Annual report of the Punjab Veterinary College and of the Civil Veterinary Department, Punjab - 1926-1932
Year: 1926
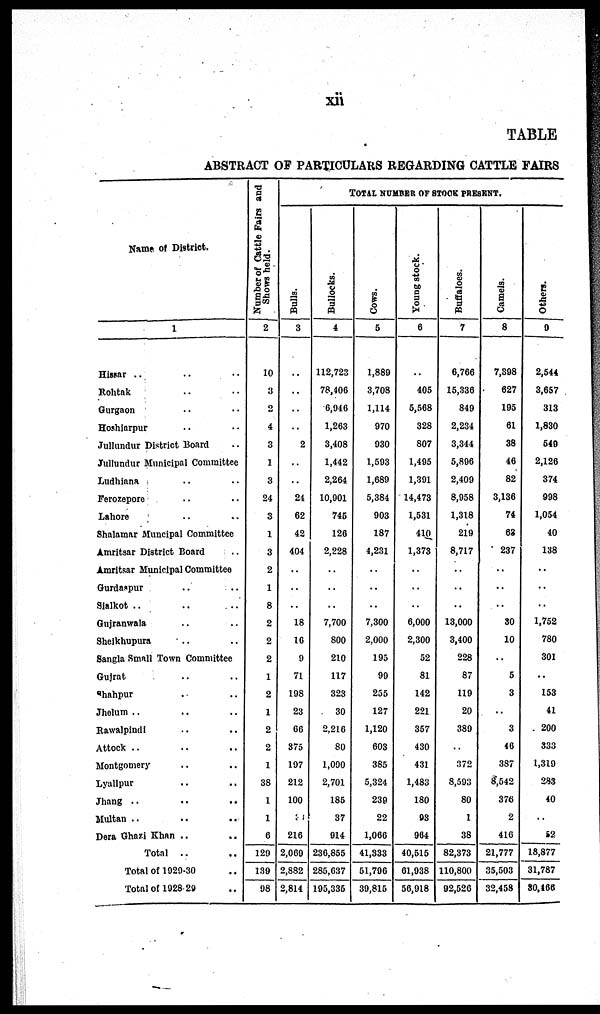
xii
TABLE
ABSTRACT OF PARTICULARS REGARDING CATTLE FAIRS
Name of District.
1
Hissar .. .. .. ..
Rohtak .. .. ..
Gurgaon .. ..
Hoshiarpur .. .. ..
Jullundur District Board ..
Jullundur Municipal Committee
Ludhiana .. .. ..
Ferozepore .. .. ..
Lahore .. .. .. ..
Shalamar Muncipal Committee
Amritsar District Board ..
Amritsar Municipal Committee
Gurdaspur .. ..
Sialkot .. ..
Gujranwala .. .. ..
Shelkhupura .. ..
Sangla Small Town Committee
Gujrat .. .. ..
Shahpur .. ..
Jhelum .. .. .. ..
Rawalpindi .. .. .. ..
Attock .. .. .. ..
Montgomery .. .. .. ..
Lyullpur .. .. .. ..
Jhang .. ..
Multan .. .. .. .. ..
Dera Ghazi Khan .. ..
Total .. ..
Total of 1929-30 ..
Total of 1028-20
Number of Cattle Fairs and
Shows held.
2
10
3
2
4
3
1
3
24
3
1
3
2
1
8
2
2
2
1
2
1
2
2
1
38
1
1
6
120
130
98
TOTAL NUMBEE OF STOCK PRESENT.
Bul l
s.
3
..
..
..
..
2
..
..
24
62
42
404
..
..
..
18
16
9
71
108
23
66
375
197
212
100
34
216
2,069
2,882
2,814
Bullocks.
4
112,723
78,406
6,046
1,263
3,408
1,442
2,264
10,001
745
126
2,228
..
..
..
7,700
800
210
117
323
30
2,216
80
1,000
2,701
186
37
914
236,855
286,637
195,336
Cows .
5
1,880
3,708
1,114
970
930
1,503
1,680
5,384
903
187
4,231
..
..
..
7,300
2,000
195
99
255
127
1,120
608
385
5,324
239
22
1,066
41,333
51,706
30,816
Young stock.
6
..
405
5,568
328
807
1,405
1,391
14,473
1,531
410
1,373
..
..
..
6,000
2,300
52
81
142
221
357
430
431
1,483
180
93
964
40,515
61,038
56,918
Buffaloes.
7
6,766
15,336
849
2,234
3,344
5,806
2,400
8,058
1,318
210
8,717
..
..
..
13,000
3,400
228
87
119
20
380
..
372
8,503
80
1
38
82,373
110,800
92,526
Ca me l
s .
8
7,808
627
105
61
38
46
82
3,136
74
63
237
..
..
..
30
10
..
5
3
..
3
46
387
8,542
376
2
416
21,777
35,503
32,458
Ot her s .
9
2,544
3,657
313
1,830
540
2,126
374
098
1,054
40
138
..
..
..
1,752
780
301
..
153
41
200
333
1,310
283
40
..
52
18,877
31,787
80,166